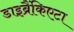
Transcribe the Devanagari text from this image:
डाइब्रैंकिएटा